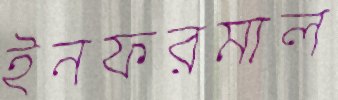
ইনফরমাল